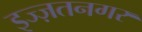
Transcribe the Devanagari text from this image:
इज्ज़तनगर